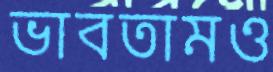
ভাবতামও